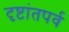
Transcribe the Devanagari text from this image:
दृष्टांतपर्व